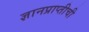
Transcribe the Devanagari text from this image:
ज्ञानप्राप्तीची